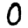
Digit: 0